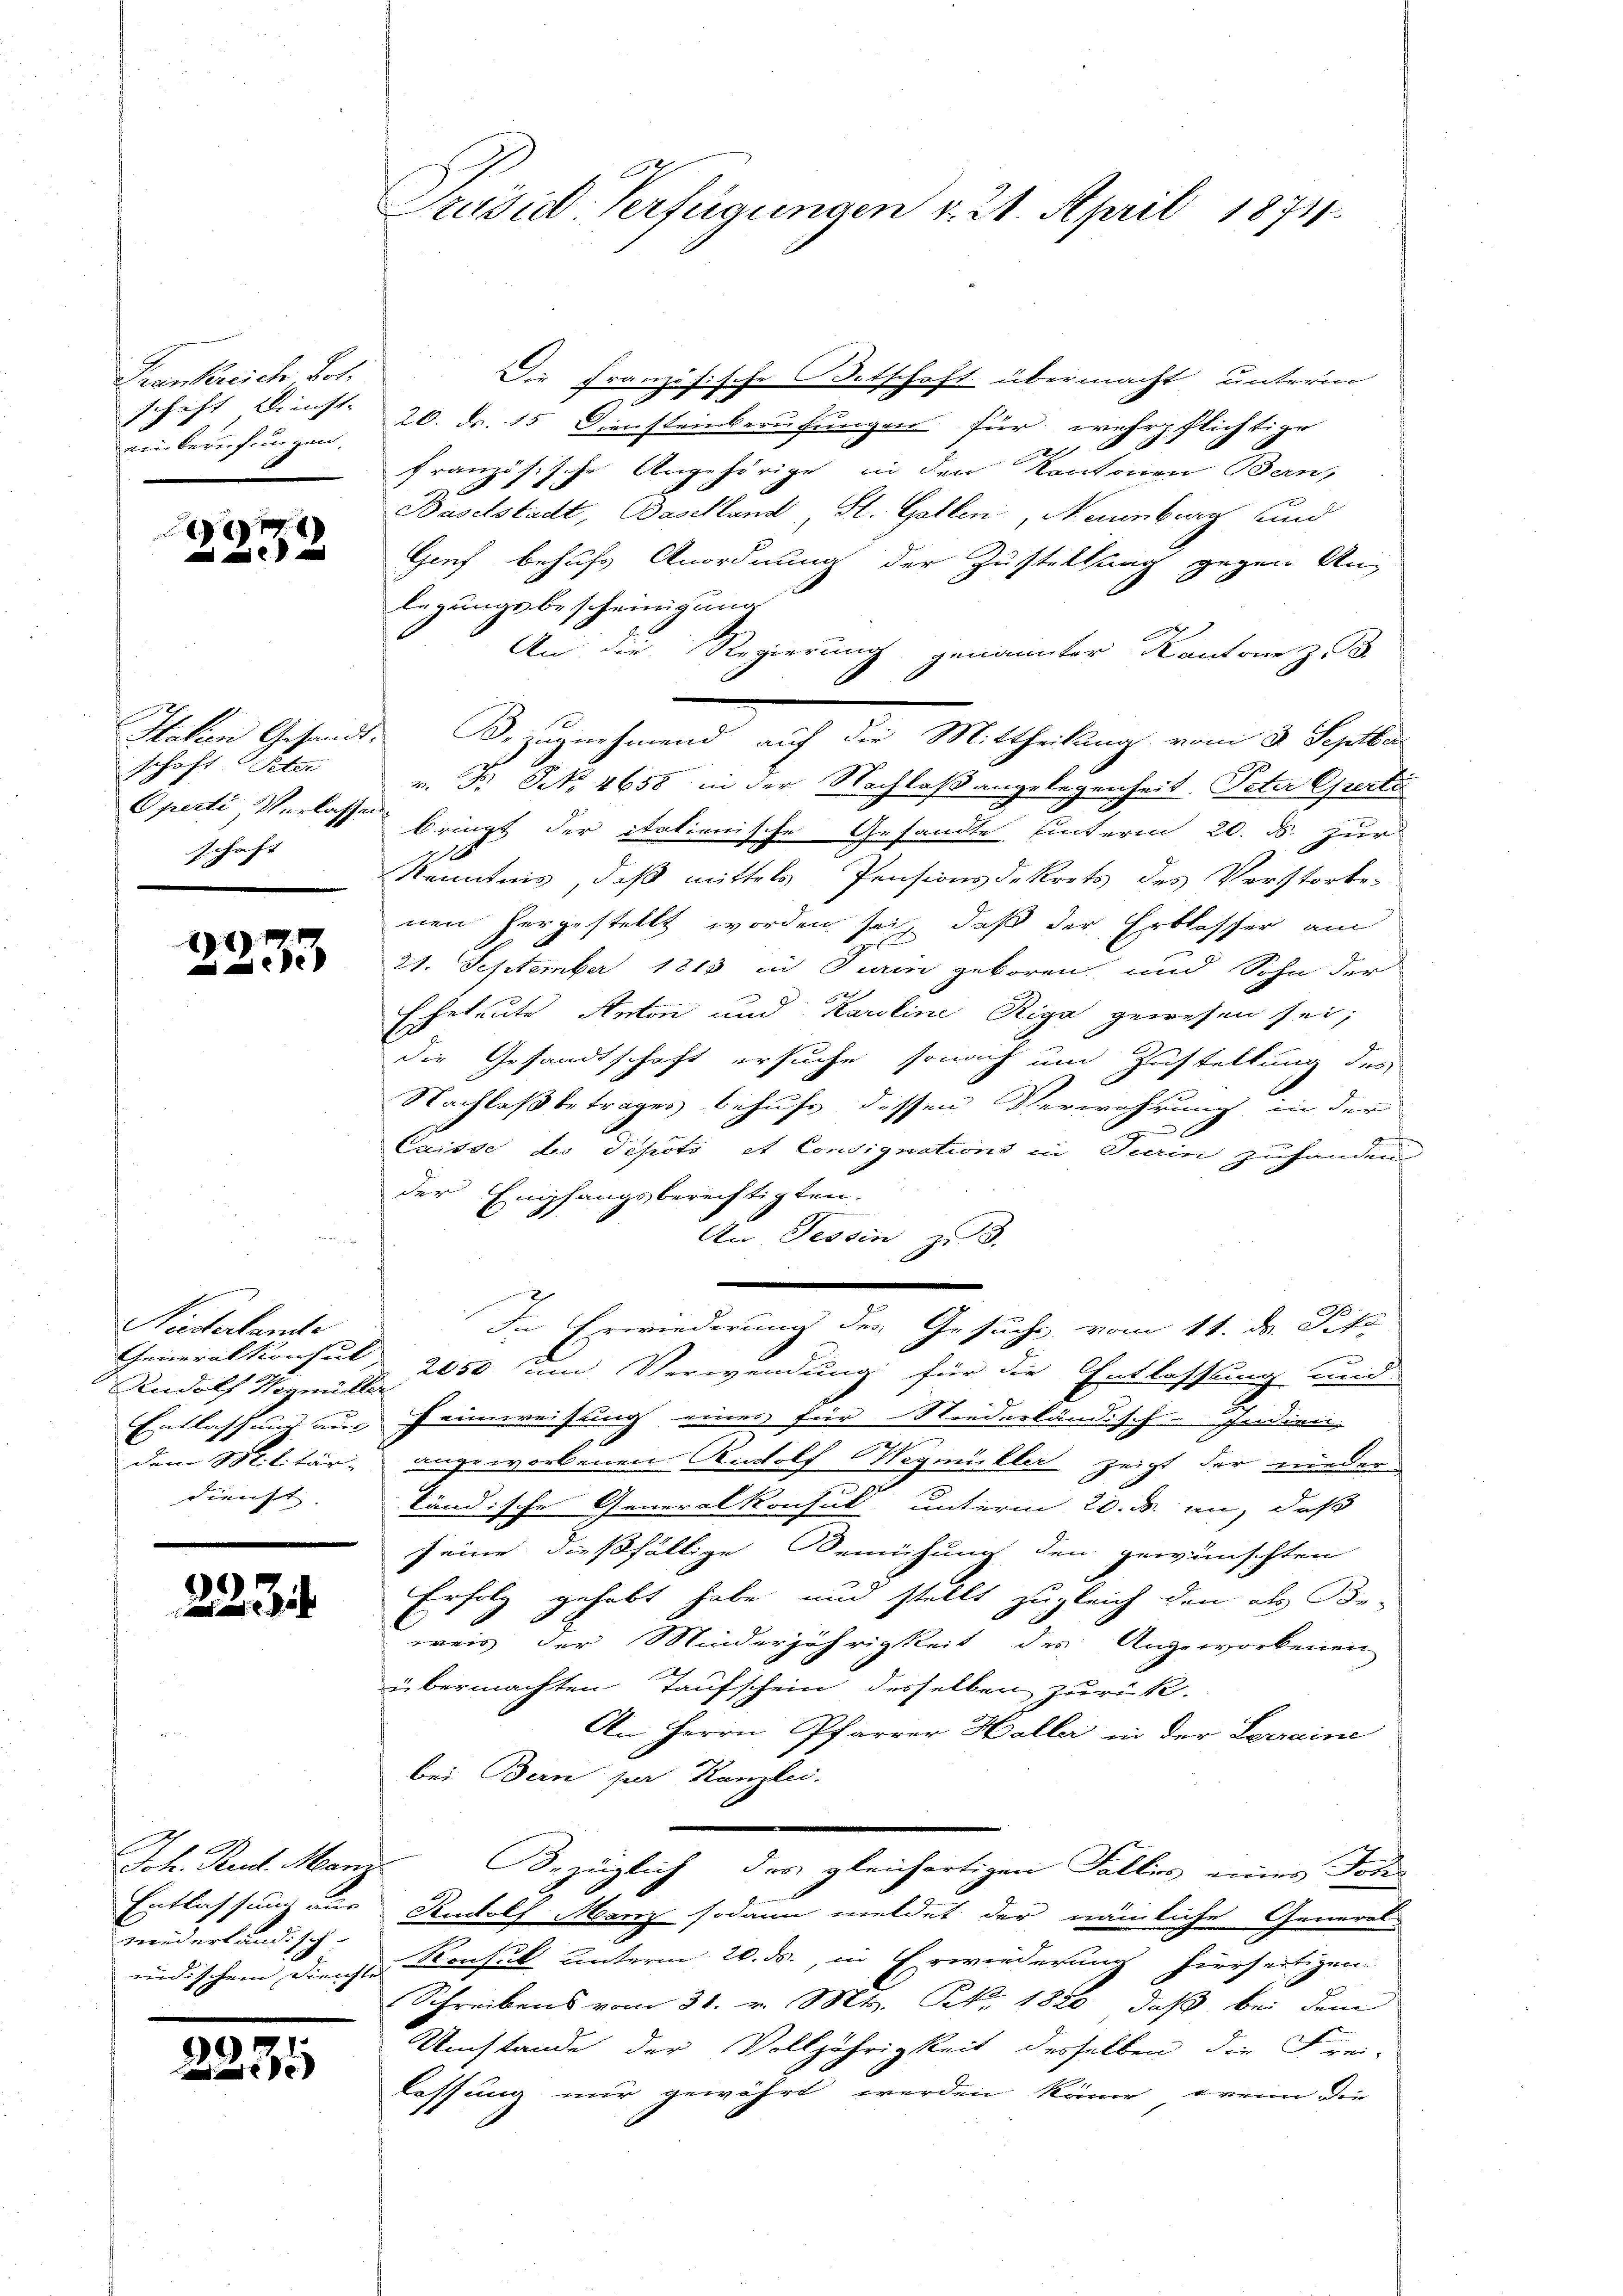
Frankreich Pet
schaft Kunst-
einberufungen.

e
a

schaft Peter
Operte Verlassen
schaft

1
Pe

Niederlandte
Generalkonsul
Rudolf Wigmüll
Entlassung aus
dem Militär-
dienst.

22

Joh. Rud. Man
Entlassung aus
wederländisch-
indischen Dienshe

2235

Präsid Verfügungen v. 24. April 1874.

Die Französische Totschaft übermacht unterm
20. dr. 15. Dienstenberufungen für wehrpflichtige
 8
französische Angehörige in den Kantonen Bern,
Baselstadt, Baselland, St. Gallen, Neuenburg und
Gief behufs Anordnung der Zustellung gegen Anlegungsbescheinigung
An die Regierung genannter Kantone z. B.
e
Italien Gesandt. Bezugnehmend auf die Mittheilung vom 3. Septbr
v. Fr. No. 4658 in der Nachlaßangelegenheit. Peter Curti
r
bringt der italienische Gesandte, hinterm 20. ds. zur

Kenntnis, daß mittels Pensionsdekrets des Verstorbe
nen hergestellt worden sei, daß der Erblasser am
21. September 1813 in Turin geboren und Sohn der
2
Eheleute Anton und Karoline Riga gewesen sei,
die Gesandtschaft ersuche sonach um Zustellung des
Nachlaß betrages behufe dessen Verwahrung in der
E
Caisse des Depoti et Consignations in Turin zuhanden
der Empfangsberechtigten.
An Tessin, z. B.
In Erwiederung des Gesuche vom 11. ds. Pitz
 2050 um Verwendung für die Entlassung und
Heimweisung einer für Niederländisch-Indien
ungeworbenen Rudolf Wegmüller zeigt der nieder
tändische Generalkonsul, unterm 20. ds. an, daß
seine dießfällige Bemühung den gewünschten
Erfolg gehabt habe und stellt zugleich den als Be-
reis der Minderjährigkeit des Angeworbenen
übermachten Taufschein desselben zurück.
An Herrn Pfarrer Haller in der Serraine
bei Bern per Kanzlei.
f
Bezüglich des gleichartigen Fallis eines Soh
Rudolf Menz sodann meldet der nämliche General-
 Konsul unterm 20. ds., in Erwiederung hierseitigen
Schreibens vom 31. v. Mts. Nr. 1880, daß bei dem
Umstande der Volljährigkeit desselben die Frei-
lassung mir gewährt werden kann, wenn die